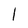
Character: 1